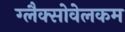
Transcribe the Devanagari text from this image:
ग्लैक्सोवेलकम